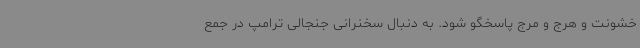
خشونت و هرج و مرج پاسخگو شود. به دنبال سخنرانی جنجالی ترامپ در جمع